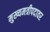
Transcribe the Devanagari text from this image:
मुख्यमत्रीपदावर